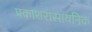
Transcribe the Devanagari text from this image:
प्रकाशरासायनिक